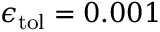
\epsilon _ { \mathrm { { t o l } } } = 0 . 0 0 1 \